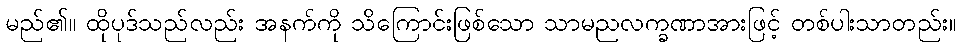
မည်၏။ ထိုပုဒ်သည်လည်း အနက်ကို သိကြောင်းဖြစ်သော သာမညလက္ခဏာအားဖြင့် တစ်ပါးသာတည်း။